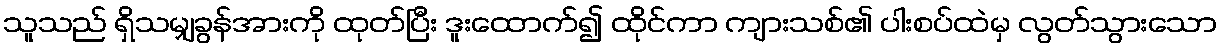
သူသည် ရှိသမျှခွန်အားကို ထုတ်ပြီး ဒူးထောက်၍ ထိုင်ကာ ကျားသစ်၏ ပါးစပ်ထဲမှ လွတ်သွားသော